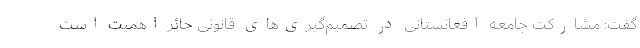
گفت: مشارکت جامعه افغانستانی در تصمیم‌گیری‌های قانونی حائز اهمیت است